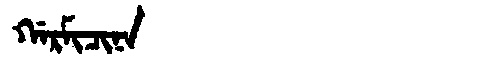
Manchu: ᡤᠠᡵᠮᡳᠴᡳᠨᠠ
Romanization: GARMICINA